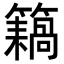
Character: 𥶤